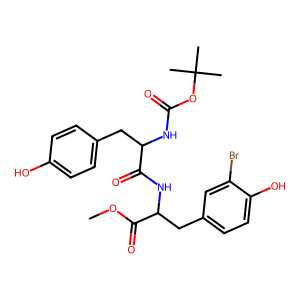
SMILES: COC(=O)C(Cc1ccc(O)c(Br)c1)NC(=O)C(Cc1ccc(O)cc1)NC(=O)OC(C)(C)C
Inhibits HIV replication: No